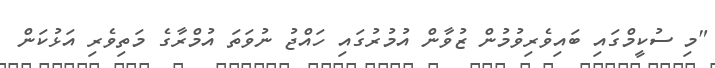
"މި ސުކީމްގައި ބައިވެރިވުމުން ޒުވާން އުމުރުގައި ހައްޖު ނުވަތަ އުމްރާގެ މަތިވެރި އަޅުކަން